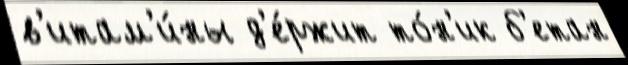
в'итам'и́ны д'е́ржит то́н'ик б'етан